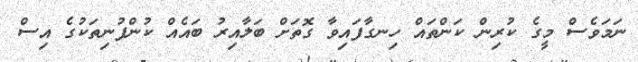
ނަމަވެސް މީގެ ކުރިން ކަންތައް ހިނގާފައިވާ ގޮތަށް ބަލާއިރު ބައެއް ކުންފުނިތަކުގެ އިސް